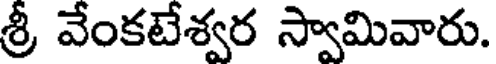
శ్రీ వేంకటేశ్వర స్వామివారు.